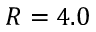
R = 4 . 0